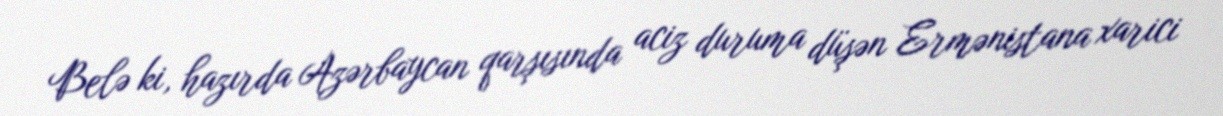
Belə ki, hazırda Azərbaycan qarşısında aciz duruma düşən Ermənistana xarici